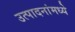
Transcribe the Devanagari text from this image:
उत्पादनांमध्‍ये